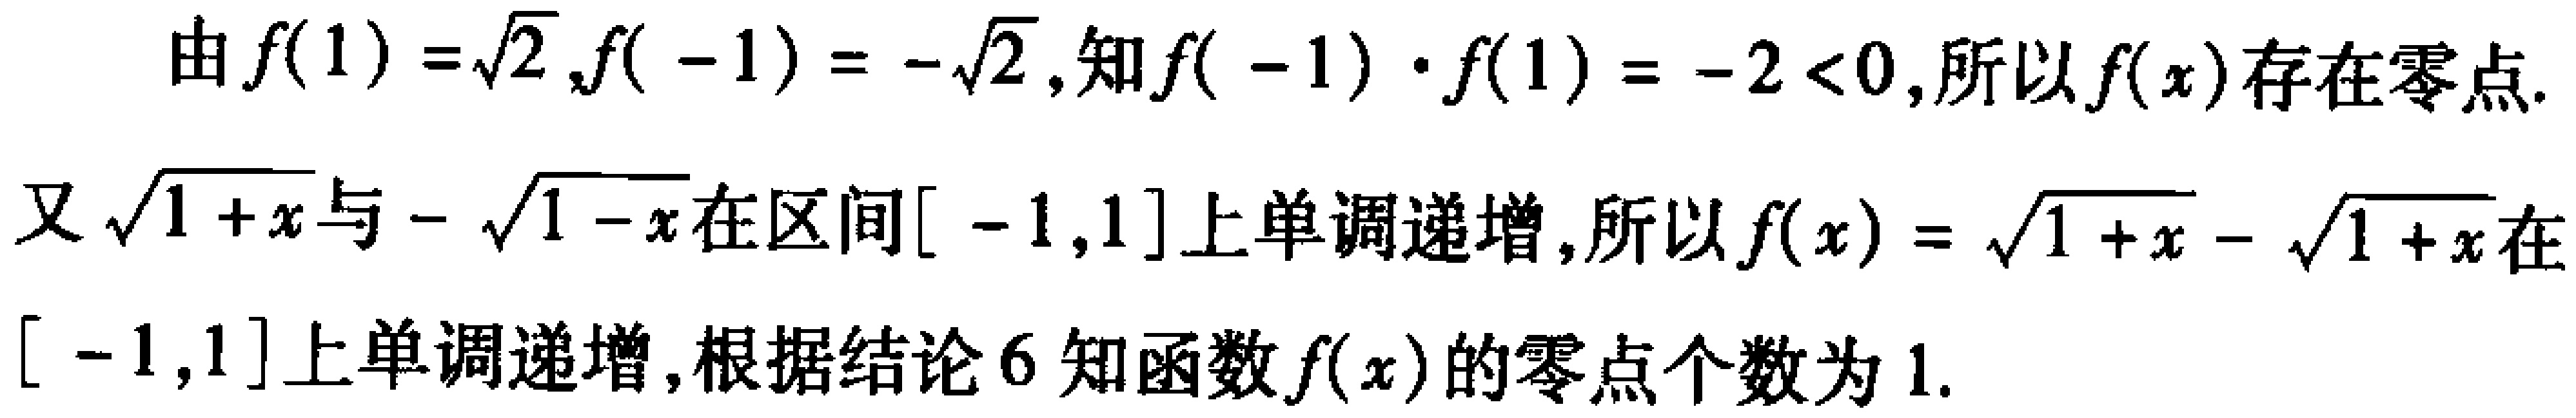
由\(f(1)=\sqrt{2},f(-1)=-\sqrt{2}\),知\(f(-1)\cdot f(1)= -2<0\),所以\(f(x)\)存在零点.

又\(\sqrt{1 + x}\)与\(-\sqrt{1 - x}\)在区间\([ -1,1]\)上单调递增,所以\(f(x)=\sqrt{1 + x}-\sqrt{1 - x}\)在\([ -1,1]\)上单调递增,根据结论\(6\)知函数\(f(x)\)的零点个数为\(1\).